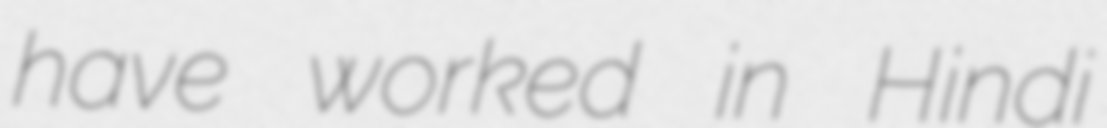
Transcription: have worked in Hindi